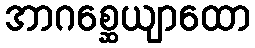
အာဂစ္ဆေယျာထော